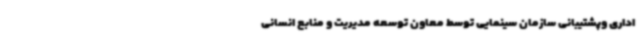
اداری وپشتیبانی سازمان سینمایی توسط معاون توسعه مدیریت و منابع انسانی